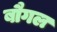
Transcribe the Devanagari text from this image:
बौगल